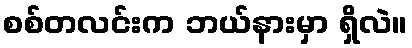
စစ်တလင်းက ဘယ်နားမှာ ရှိလဲ။